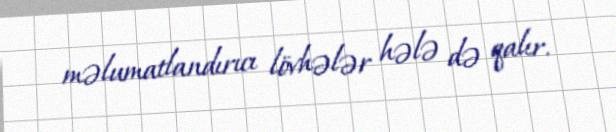
məlumatlandırıcı lövhələr hələ də qalır.